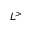
L ^ { > }